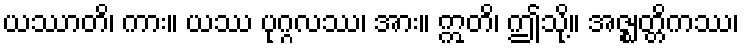
ယဿာတိ၊ ကား။ ယဿ ပုဂ္ဂလဿ၊ အား။ ဣတိ၊ ဤသို့။ အဇ္ဈတ္တိကဿ၊